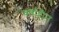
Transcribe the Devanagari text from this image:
वर्षाहीन